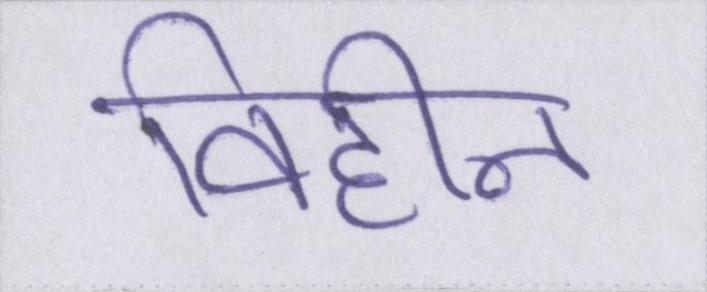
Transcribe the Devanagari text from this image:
विहीन